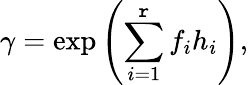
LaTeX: \gamma=\exp\left(\sum_{i=1}^{\mathtt{r}}f_{i}h_{i}\right),